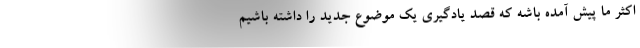
اکثر ما پیش آمده باشه که قصد یادگیری یک موضوع جدید را داشته باشیم